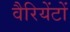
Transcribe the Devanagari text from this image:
वैरियेंटों